Vaccine operations Central Provinces & Berar 1922-1929 - 1922-1929
Year: 1922
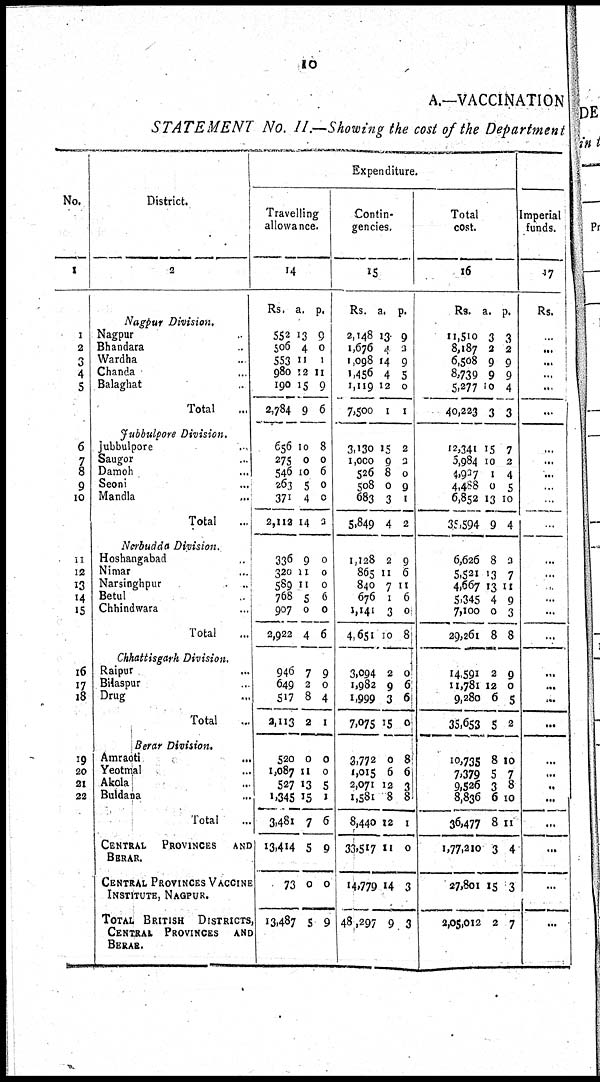
10
A.—VACCINATION
STATEMENT No. II.—Showing the cost of the Department
No.
1
1
2
3
4
5
6
7
8
9
10
11
12
13
14
15
16
17
18
19
20
21
22
District.
2
Nagpur Division.
Nagpur ...
Bhandara ...
Wardha ...
Chanda ...
Balaghat ...
Total ...
Jubbulpore Division.
Jubbulpore ...
Saugor ...
Damoh ...
Seoni ...
Mandla ...
Total ...
Nerbudda Division.
Hoshangabad ...
Nimar ...
Narsinghpur ...
Betul ...
Chhindwara ...
Total ...
Chhattisgarh Division.
Raipur ...
Bilaspur ...
Drug ...
Total ...
Berar Division.
Amraoti ...
Yeotmal ...
Akola ...
Buldana ...
Total ...
CENTRAL
PROVINCES AND
BERAR.
CENTRAL PROVINCES VACCINE
INSTITUTE, NAGPUR.
TOTAL BRITISH DISTRICTS
CENTRAL PROVINCES AND
BERAR.
Expenditure.
Travelling
allowance.
14
Rs.
552
506
553
980
190
2,784
656
275
546
263
371
2,112
336
320
589
768
907
2,922
946
649
517
2,113
520
1,087
527
1,345
3,481
13,414
73
13,487
a.
13
4
11
12
15
9
10
0
10
5
4
14
9
11
11
5
0
4
7
2
8
2
0
11
13
15
7
5
0
5
p.
9
0
1
11
9
6
8
0
6
0
0
3
0
0
0
6
0
6
9
0
4
1
0
0
5
1
6
9
0
9
Contin-
gencies.
15
Rs.
2,148
1,676
1,098
1,456
1,119
7,500
3,130
1,000
526
508
683
5,849
1,128
865
840
676
1,141
4,651
3,094
1,982
1,999
7,075
3,772
1,015
2,071
1,581
8,440
33,517
14,779
48,297
a.
13
4
14
4
12
1
15
9
8
0
3
4
2
11
7
1
3
10
2
9
3
15
0
6
12
8
12
11
14
9
p.
9
3
9
5
0
1
2
2
0
9
1
2
9
6
11
6
0
8
0
6
6
0
8
6
3
8
1
0
3
3
Total
cost.
16
Rs.
11,510
8,187
6,508
8,739
5,277
40,223
12,341
5,984
4,937
4,488
6,852
35,594
6,626
5,521
4,667
5,345
7,100
29,261
14,591
11,781
9,280
35,653
10,735
7,379
9,526
8,836
36,477
1,77,210
27,801
2,05,012
a.
3
2
9
9
0
3
15
10
1
0
13
9
8
13
13
4
0
8
2
12
6
5
8
5
3
6
8
3
15
2
p.
3
2
9
9
4
3
7
2
4
5
10
4
3
7
11
9
3
8
9
0
5
2
10
7
8
10
11
4
3
7
Imperial
funds.
17
Rs.
...
...
...
...
...
...
...
...
...
...
...
...
...
...
...
...
...
...
...
...
...
...
...
...
...
...
...
...
...
...